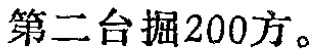
第二台掘200方。